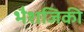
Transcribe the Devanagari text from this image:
भैशजिकी